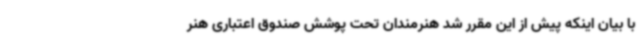
با بیان اینکه پیش از این مقرر شد هنرمندان تحت پوشش صندوق اعتباری هنر